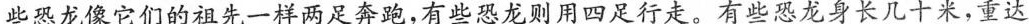
些恐龙像它们的祖先一样两足奔跑，有些恐龙则用四足行走。有些恐龙身长几十米，重达